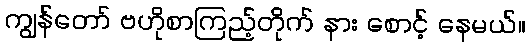
ကျွန်တော် ဗဟိုစာကြည့်တိုက် နား စောင့် နေမယ်။